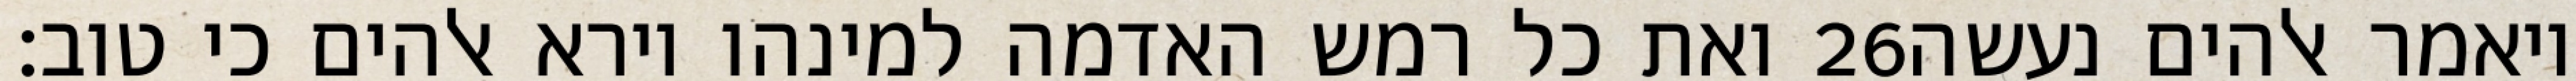
ואת כל רמש האדמה למינהו וירא אלהים כי טוב׃ ‎26‏ ויאמר אלהים נעשה